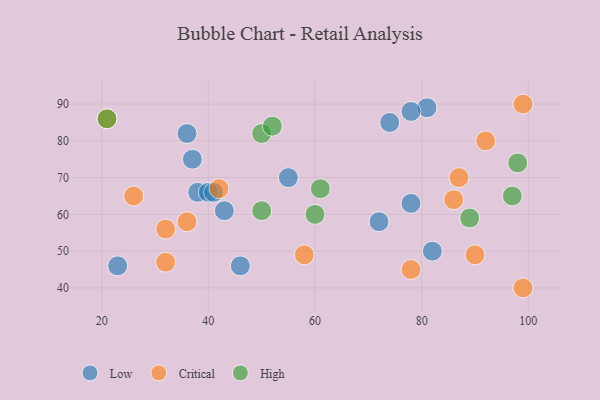
{"axis": {"x": "GDP", "y": "Life Expectancy"}, "legend": ["Critical", "High", "Low"], "data": [{"x": "38", "y": 66, "type": "Low"}, {"x": "40", "y": 66, "type": "Low"}, {"x": "37", "y": 75, "type": "Low"}, {"x": "43", "y": 61, "type": "Low"}, {"x": "36", "y": 82, "type": "Low"}, {"x": "41", "y": 66, "type": "Low"}, {"x": "81", "y": 89, "type": "Low"}, {"x": "23", "y": 46, "type": "Low"}, {"x": "46", "y": 46, "type": "Low"}, {"x": "72", "y": 58, "type": "Low"}, {"x": "55", "y": 70, "type": "Low"}, {"x": "78", "y": 63, "type": "Low"}, {"x": "78", "y": 88, "type": "Low"}, {"x": "82", "y": 50, "type": "Low"}, {"x": "74", "y": 85, "type": "Low"}, {"x": "42", "y": 67, "type": "Critical"}, {"x": "99", "y": 90, "type": "Critical"}, {"x": "32", "y": 56, "type": "Critical"}, {"x": "32", "y": 47, "type": "Critical"}, {"x": "36", "y": 58, "type": "Critical"}, {"x": "58", "y": 49, "type": "Critical"}, {"x": "78", "y": 45, "type": "Critical"}, {"x": "99", "y": 40, "type": "Critical"}, {"x": "87", "y": 70, "type": "Critical"}, {"x": "90", "y": 49, "type": "Critical"}, {"x": "21", "y": 86, "type": "Critical"}, {"x": "92", "y": 80, "type": "Critical"}, {"x": "86", "y": 64, "type": "Critical"}, {"x": "26", "y": 65, "type": "Critical"}, {"x": "21", "y": 86, "type": "High"}, {"x": "89", "y": 59, "type": "High"}, {"x": "97", "y": 65, "type": "High"}, {"x": "50", "y": 61, "type": "High"}, {"x": "98", "y": 74, "type": "High"}, {"x": "60", "y": 60, "type": "High"}, {"x": "61", "y": 67, "type": "High"}, {"x": "50", "y": 82, "type": "High"}, {"x": "52", "y": 84, "type": "High"}]}